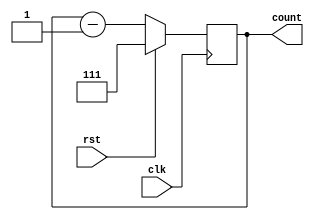
module syndown_counter(clk,rst,count);
input clk,rst;
output reg [2:0]count;
always @(posedge clk)
begin
if(rst)
count=3'b111;    // up counter only change count=3'b000 and count = count + 3'b001
else 
count=count - 3'b001;
end
endmodule